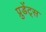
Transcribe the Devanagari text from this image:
प्रुडेंट्स